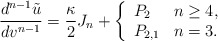
\begin{align*} \frac{d^{n-1}\tilde{u}}{dv^{n-1}}=\frac{\kappa}{2}J_n+\left\{ \begin{array}{ll} P_2 & n\geq 4,\\ P_{2,1} & n=3. \end{array}\right.\end{align*}